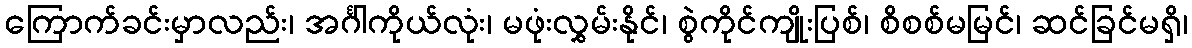
ကြောက်ခင်းမှာလည်း၊ အင်္ဂါကိုယ်လုံး၊ မဖုံးလွှမ်းနိုင်၊ စွဲကိုင်ကျိုးပြစ်၊ စိစစ်မမြင်၊ ဆင်ခြင်မရှိ၊